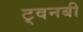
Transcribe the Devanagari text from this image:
ट्वनबी